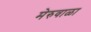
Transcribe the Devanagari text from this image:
मेरुवाळा